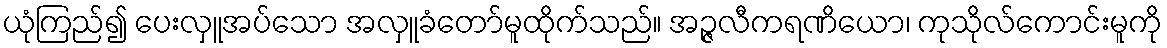
ယုံကြည်၍ ပေးလှူအပ်သော အလှူခံတော်မူထိုက်သည်။ အဉ္ဇလီကရဏိယော၊ ကုသိုလ်ကောင်းမူကို